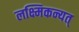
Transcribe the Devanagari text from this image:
लक्ष्मिकन्यत्